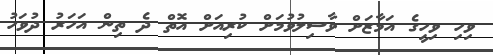
ވިހި ވިހީގެ އަމާޒަށް ވާސިލުވުމަށް ކުރިއަށް އޮތް ދެ ތިން އަހަރު ދުވަހު